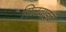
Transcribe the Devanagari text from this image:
सिलवाइट